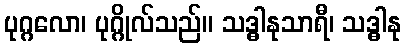
ပုဂ္ဂလော၊ ပုဂ္ဂိုလ်သည်။ သဒ္ဓါနုသာရီ၊ သဒ္ဓါနု